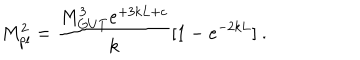
M _ { p l } ^ { 2 } = { \frac { M _ { G U T } ^ { 3 } e ^ { + 3 k L + c } } { \displaystyle k } } [ 1 - e ^ { - 2 k L } ] ~ . ~ \,